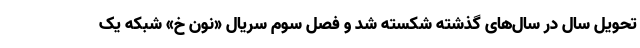
تحویل سال در سال‌های گذشته شکسته شد و فصل سوم سریال «نون خ» شبکه یک